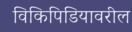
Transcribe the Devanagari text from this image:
विकिपिडियावरील